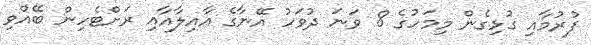
ފުރުމާއި ގުޅިގެން މިމަހުގެ 8 ވަނަ ދުވަހު އޭނާގެ އާއިލާއާއި ރަށްޓެހިން ބޭއްވި